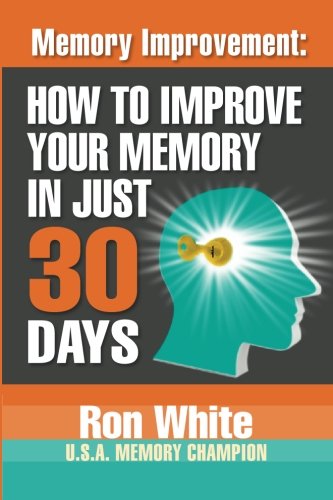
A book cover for Memory Improvement: How To Improve Your Memory In Just 30 Days; Ron White; Self-Help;